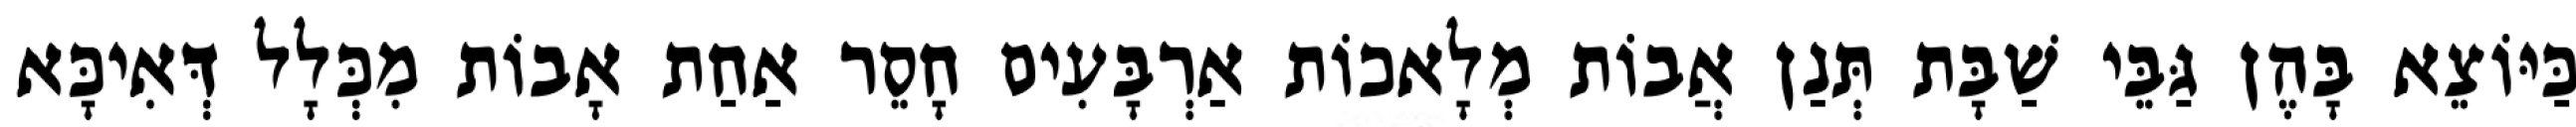
כַּיּוֹצֵא בָּהֶן גַּבֵּי שַׁבָּת תְּנַן אֲבוֹת מְלָאכוֹת אַרְבָּעִים חָסֵר אַחַת אָבוֹת מִכְּלָל דְּאִיכָּא